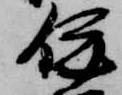
伊